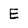
Character: E